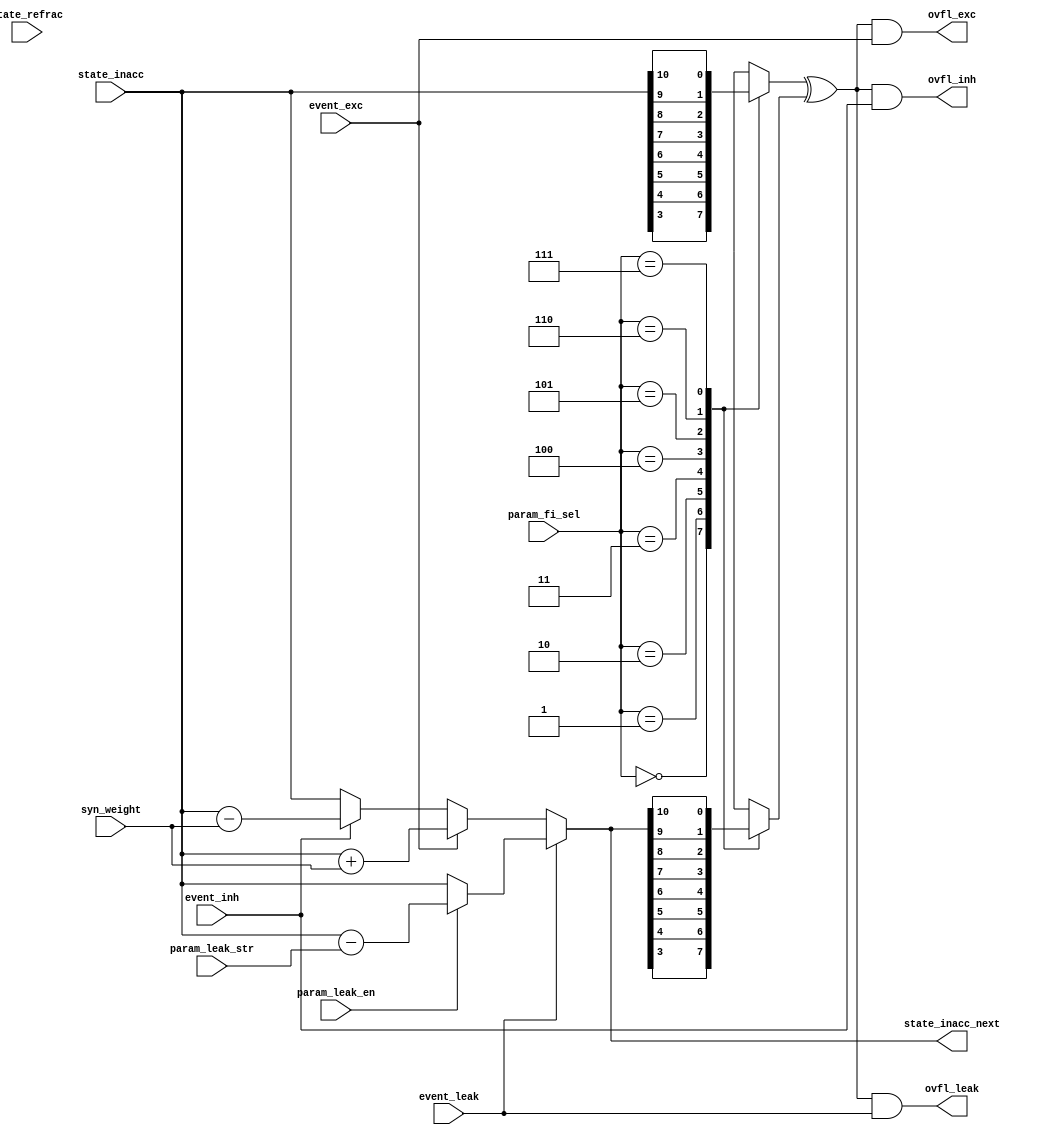
module izh_input_accumulator #(
	parameter ACC_DEPTH = 11
)( 
    input  wire [          6:0] param_leak_str,   // leakage strength parameter
    input  wire                 param_leak_en,    // leakage enable parameter
    input  wire [          2:0] param_fi_sel,     // accumulator depth parameter for fan-in configuration
    input  wire [ACC_DEPTH-1:0] state_inacc,      // input accumulator state from SRAM
    input  wire [          2:0] syn_weight,       // synaptic weight
    input  wire                 event_leak,       // leakage event trigger
    input  wire                 event_exc,        // excitatory event trigger
    input  wire                 event_inh,        // inhibitory event trigger
    input  wire                 state_refrac,     // neuron in refractory period
    output reg  [ACC_DEPTH-1:0] state_inacc_next, // next input accumulator state to SRAM
    output wire                 ovfl_leak,        // negative leakage overflow signal
    output wire                 ovfl_exc,         // positive excitatory overflow signal
    output wire                 ovfl_inh          // negative inhibitory overflow signal
);


    reg  state_inacc_fi, state_inacc_next_fi;
    wire toggle;


    always @(*) begin 
        if (event_leak)
            state_inacc_next = param_leak_en ? (state_inacc - {{(ACC_DEPTH-7){1'b0}},param_leak_str}) : state_inacc;
        else if (event_exc)
            state_inacc_next = state_inacc + {{(ACC_DEPTH-3){1'b0}},syn_weight};
        else if (event_inh)
            state_inacc_next = state_inacc - {{(ACC_DEPTH-3){1'b0}},syn_weight};
    	else
    		state_inacc_next = state_inacc;
    end

    always @(*)
        case (param_fi_sel) 
            3'd0    : begin state_inacc_fi = state_inacc[3 ]; state_inacc_next_fi = state_inacc_next[3 ]; end
            3'd1    : begin state_inacc_fi = state_inacc[4 ]; state_inacc_next_fi = state_inacc_next[4 ]; end
            3'd2    : begin state_inacc_fi = state_inacc[5 ]; state_inacc_next_fi = state_inacc_next[5 ]; end 
            3'd3    : begin state_inacc_fi = state_inacc[6 ]; state_inacc_next_fi = state_inacc_next[6 ]; end
            3'd4    : begin state_inacc_fi = state_inacc[7 ]; state_inacc_next_fi = state_inacc_next[7 ]; end
            3'd5    : begin state_inacc_fi = state_inacc[8 ]; state_inacc_next_fi = state_inacc_next[8 ]; end 
            3'd6    : begin state_inacc_fi = state_inacc[9 ]; state_inacc_next_fi = state_inacc_next[9 ]; end 
            3'd7    : begin state_inacc_fi = state_inacc[10]; state_inacc_next_fi = state_inacc_next[10]; end
            default : begin state_inacc_fi = state_inacc[3 ]; state_inacc_next_fi = state_inacc_next[3 ]; end
        endcase 

    assign toggle = state_inacc_fi ^ state_inacc_next_fi;
        
    assign ovfl_leak = toggle & event_leak;
    assign ovfl_exc  = toggle & event_exc ;
    assign ovfl_inh  = toggle & event_inh ;


endmodule